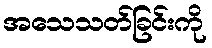
အသေသတ်ခြင်းကို